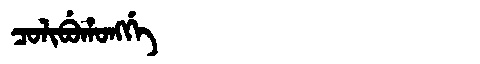
Manchu: ᠴᠣᠯᡳᠪᡠᡥᠣᠩᡤᡝ
Romanization: COLIBUHONGGE